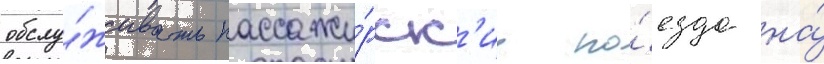
обслу́живать пассажи́рск'ие по́езда на́